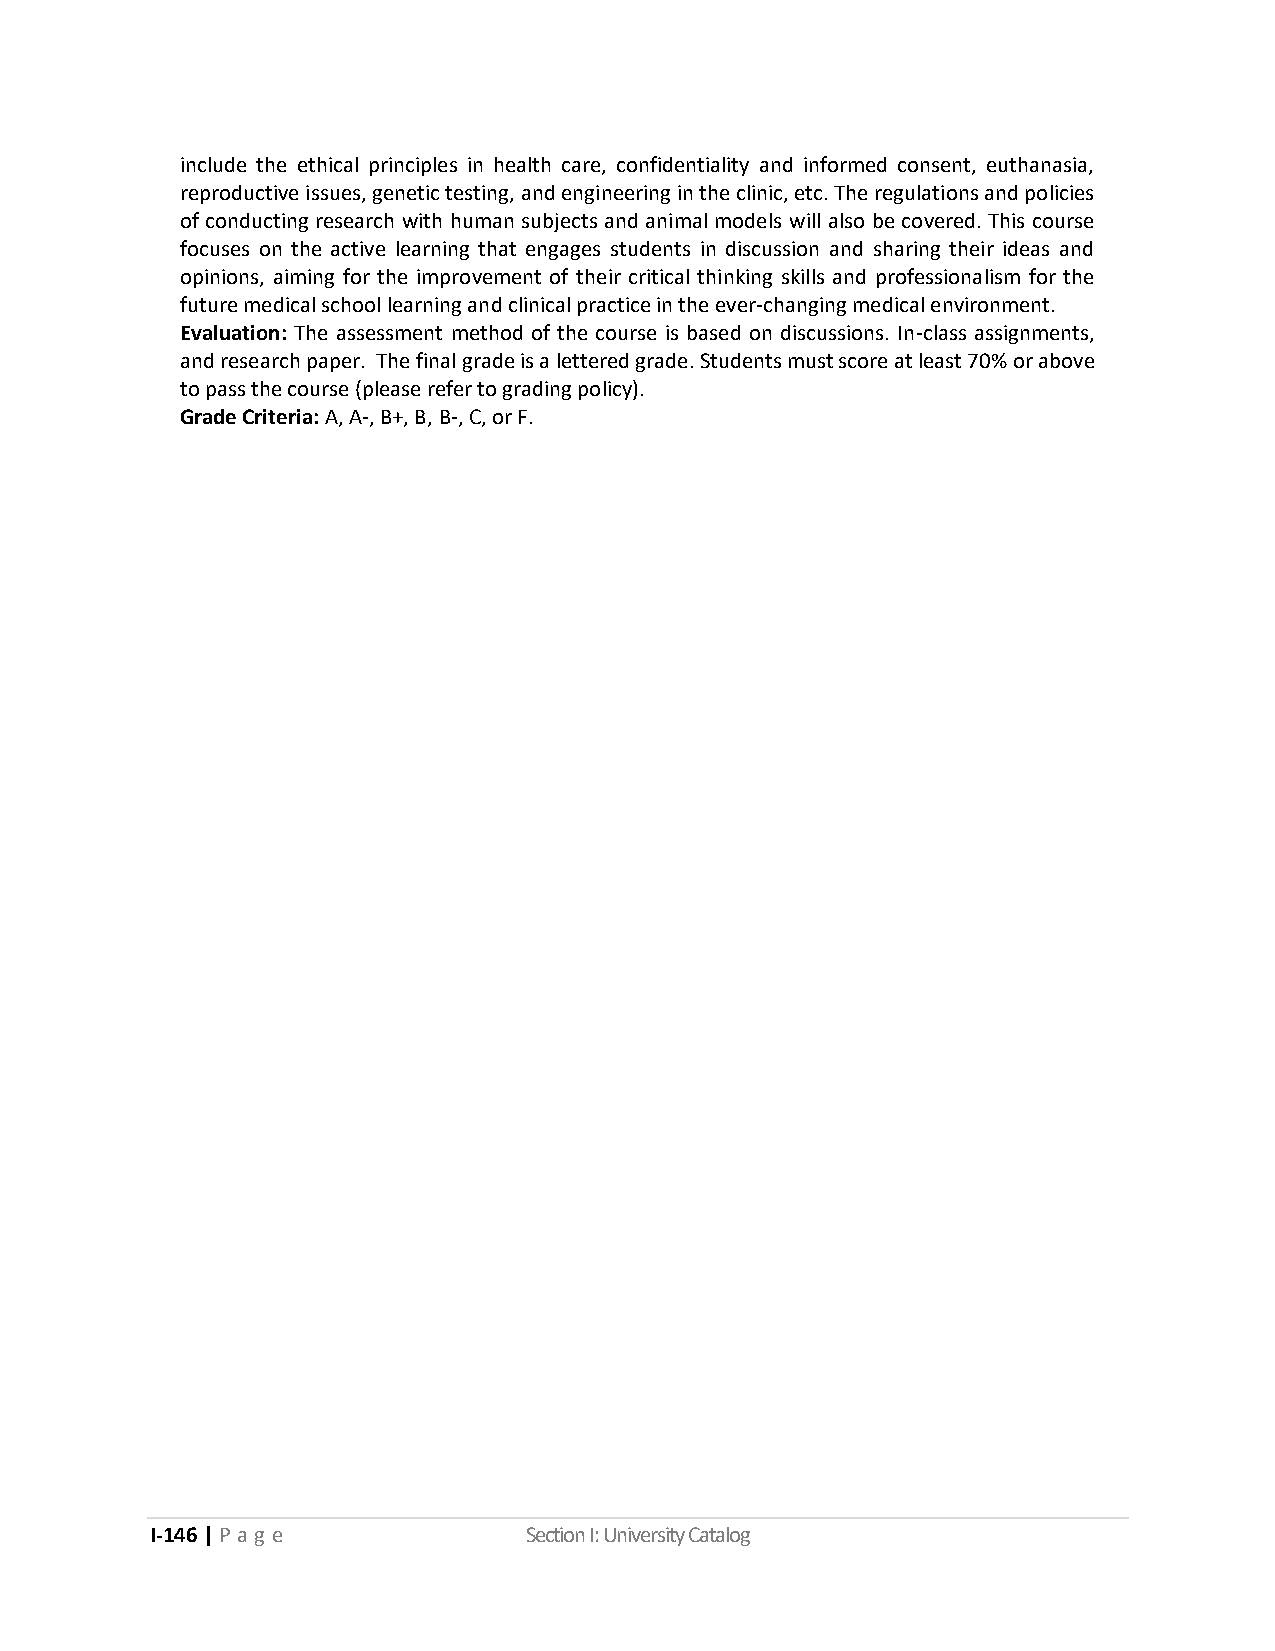
include the ethical principles in health care, confidentiality and informed consent, euthanasia,
 reproductive issues, genetic testing, and engineering in the clinic, etc. The regulations and policies
 of conducting research with human subjects and animal models will also be covered. This course
 focuses on the active learning that engages students in discussion and sharing their ideas and
 opinions, aiming for the improvement of their critical thinking skills and professionalism for the
 future medical school learning and clinical practice in the ever-changing medical environment.
 Evaluation: The assessment method of the course is based on discussions. In-class assignments,
 and research paper. The final grade is a lettered grade. Students must score at least 70% or above
 to pass the course (please refer to grading policy).
 Grade Criteria: A, A-, B+, B, B-, C, or F.
 I-146 | P a g e          Section I: University Catalog